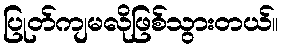
ပြုတ်ကျမလိုဖြစ်သွားတယ်။